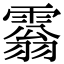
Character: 𩄘